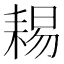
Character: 𦓻